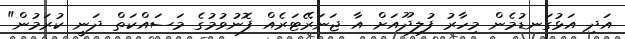
އަދި އަޅުގަނޑުމެން މިހާރު ފުލިދޫއަށް އާ ޖަނަރޭޓަރެއް ފޮނުވުމުގެ މަަސައްކަތް ދަނީ ކުރަމުން"